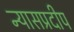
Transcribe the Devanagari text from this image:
न्यासप्रदीप